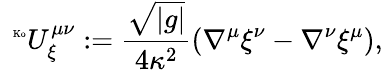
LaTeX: \ ^{\mathrm{\tiny~\mathit~Ko}}U_{\xi}^{\mu\nu}:=\frac{\sqrt{\left|g\right|}}{4\kappa^{2}}(\nabla^{\mu}\xi^{\nu}-\nabla^{\nu}\xi^{\mu}),